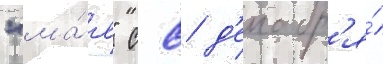
"ма́я" с 8 д'екабр'я́